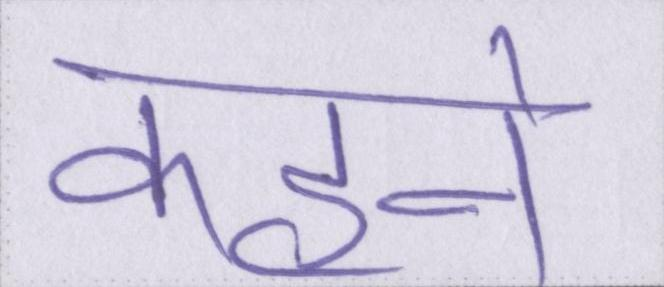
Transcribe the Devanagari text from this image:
कहने